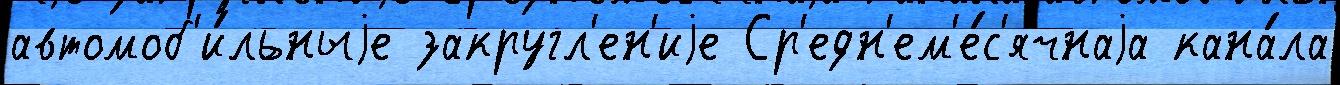
автомоб'и́льныjе закругл'ен'иjе Ср'едн'ем'е́с'ячнаjа кана́ла